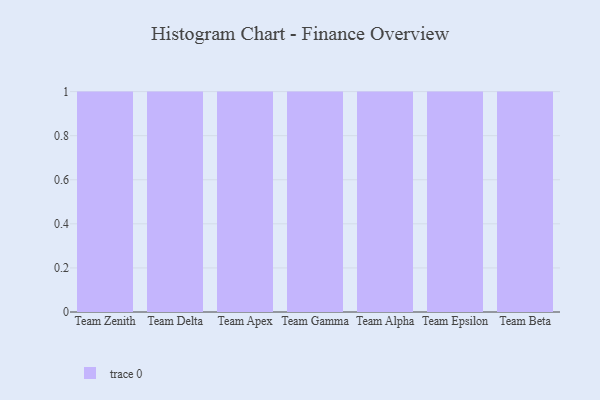
{"axis": {"x": "Team", "y": "Churn Rate (%)"}, "legend": [""], "data": [{"x": "Team Zenith", "y": 31, "type": ""}, {"x": "Team Delta", "y": 13, "type": ""}, {"x": "Team Apex", "y": 65, "type": ""}, {"x": "Team Gamma", "y": 37, "type": ""}, {"x": "Team Alpha", "y": 47, "type": ""}, {"x": "Team Epsilon", "y": 42, "type": ""}, {"x": "Team Beta", "y": 53, "type": ""}]}